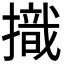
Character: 𢴠